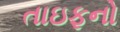
તાઇફનો